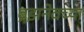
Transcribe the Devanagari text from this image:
ब्रेझनेवच्या